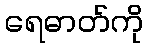
ရေဓာတ်ကို